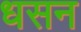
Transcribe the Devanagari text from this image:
धसन